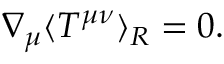
\nabla _ { \mu } { \langle T ^ { \mu \nu } \rangle } _ { \tiny R } = 0 .